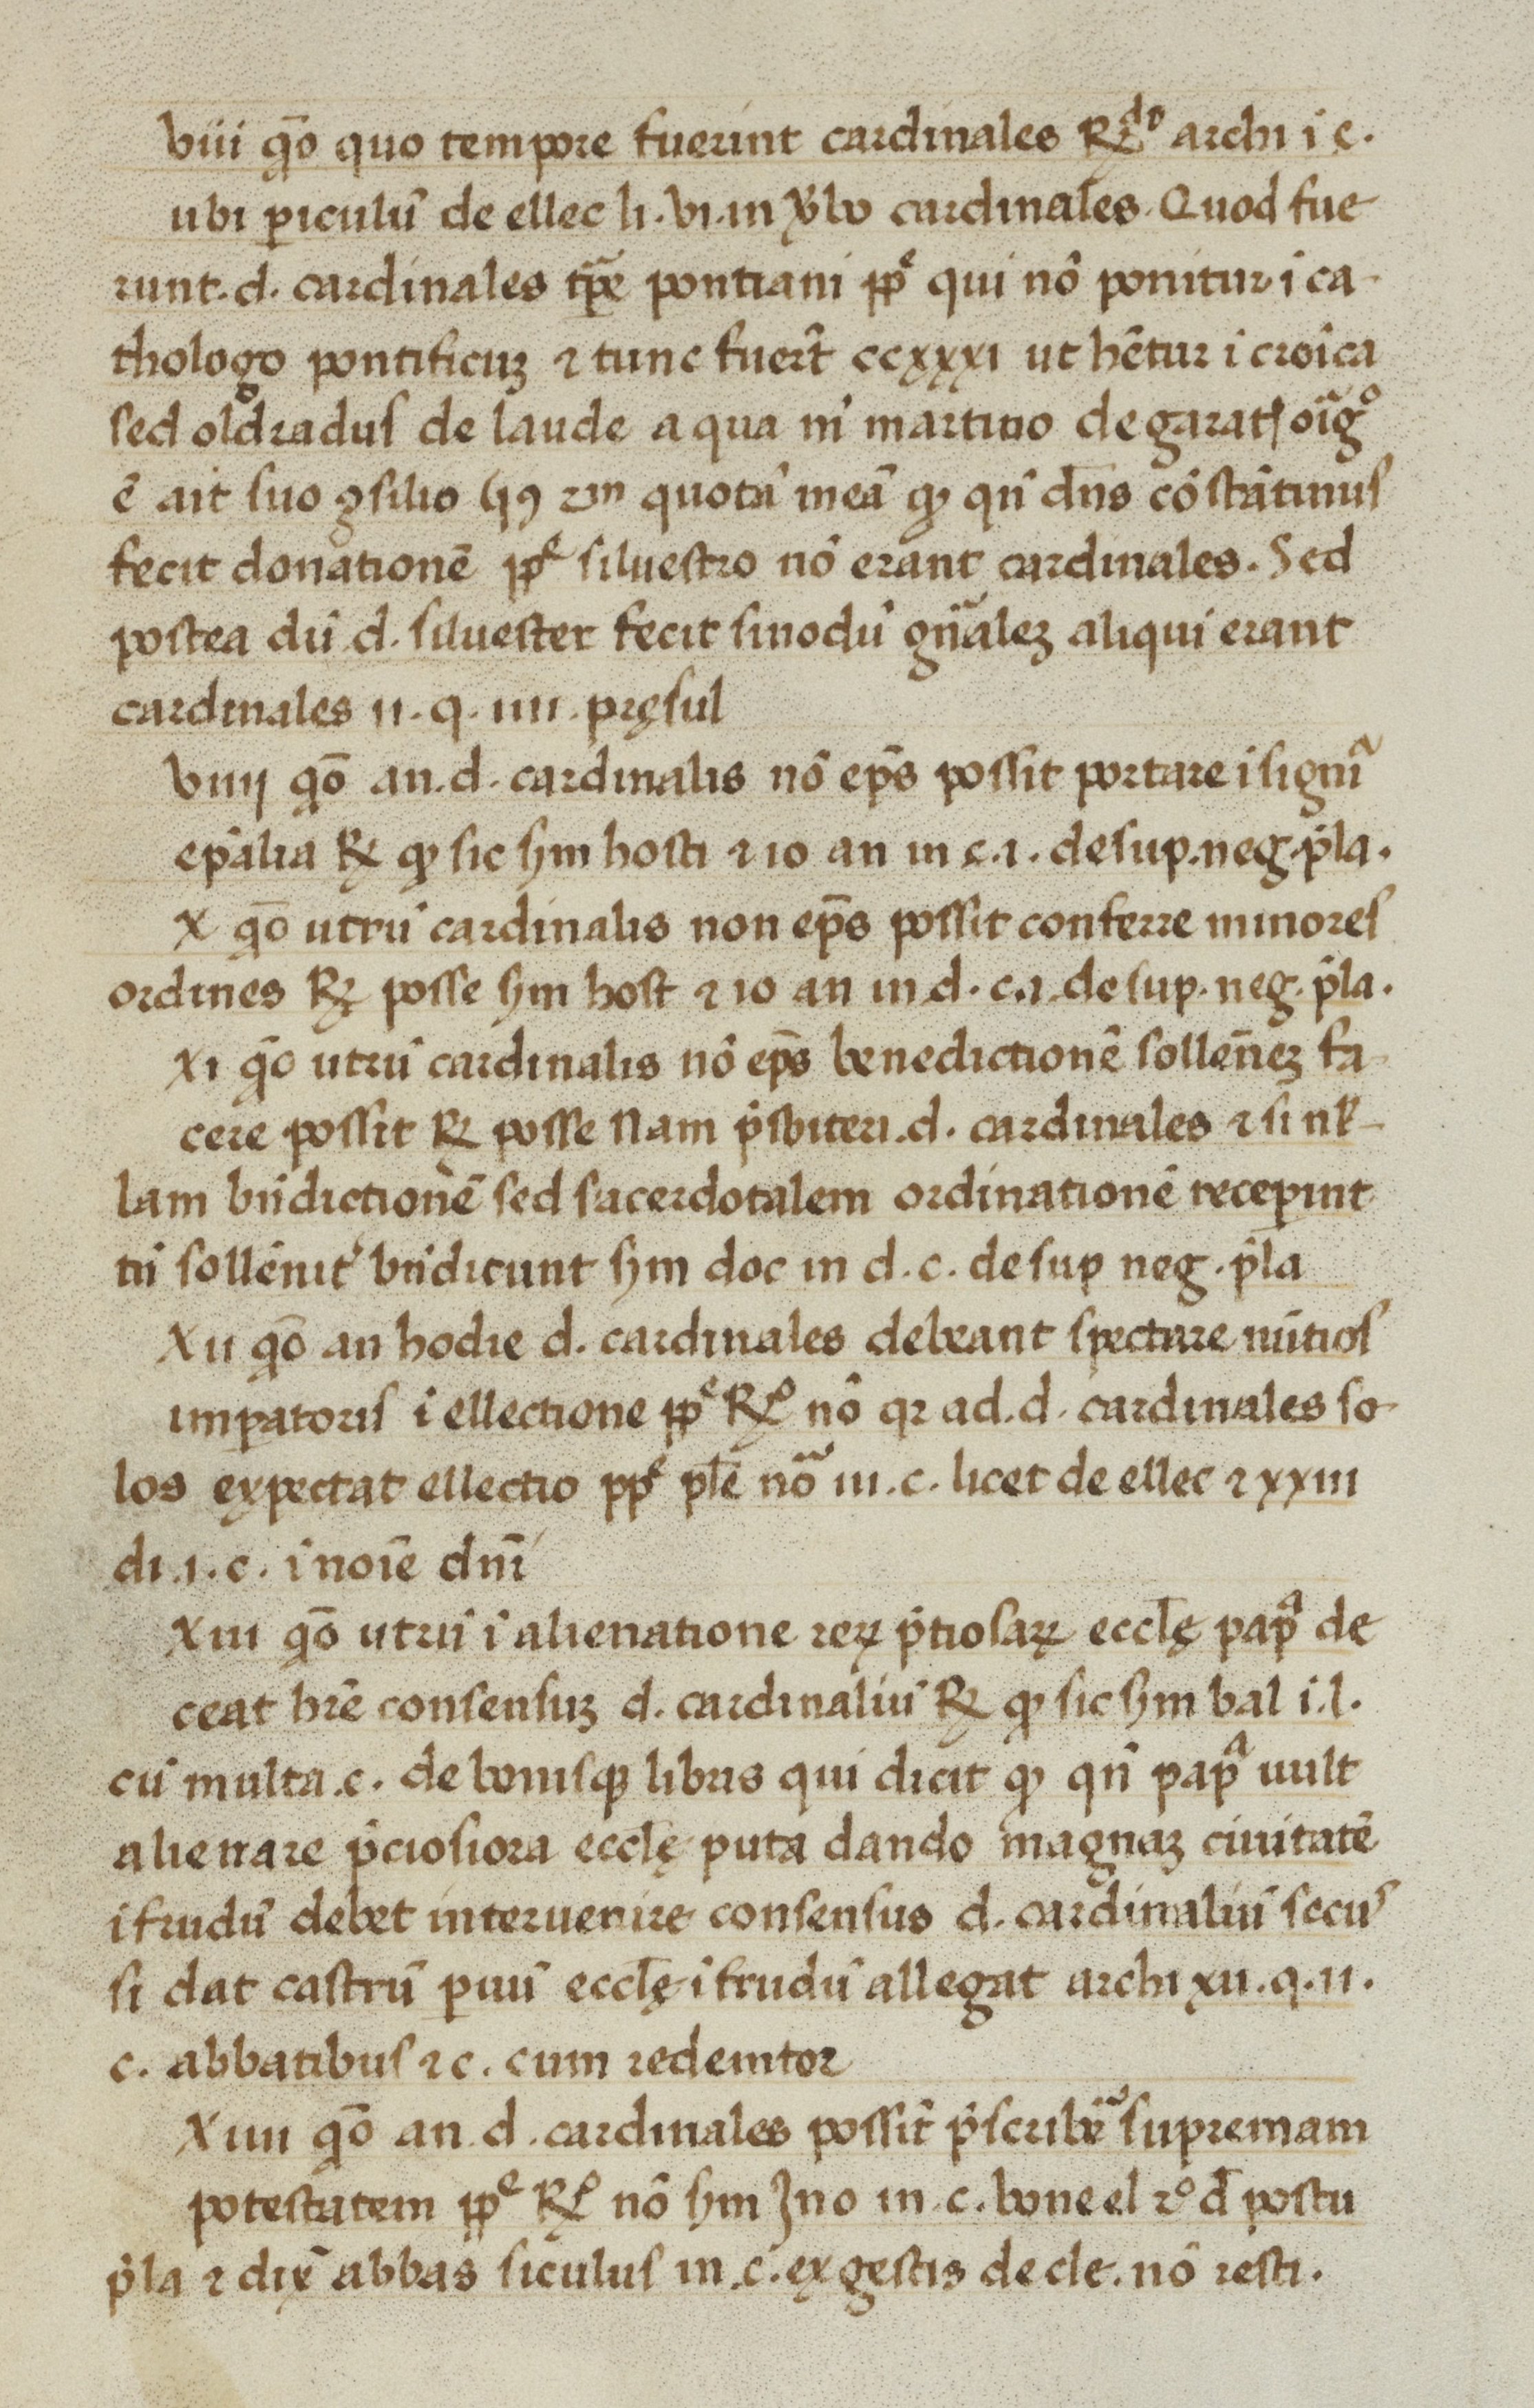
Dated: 1450–1499